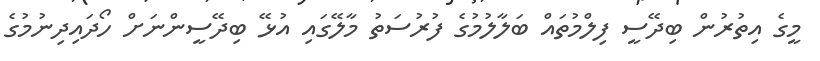
މީގެ އިތުރުން ބިދޭސީ ފިލްމުތައް ބަލާލުމުގެ ފުރުސަތު މާލޭގައި އުޅޭ ބިދޭސީންނަށް ހޯދައިދިނުމުގެ